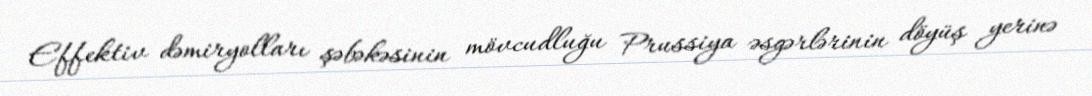
Effektiv dəmiryolları şəbəkəsinin mövcudluğu Prussiya əsgərlərinin döyüş yerinə